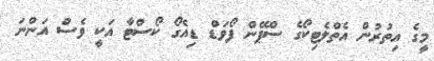
މީގެ އިތުރުން އެތްލެޓިކޯގެ ސްޕޭން ފޯވަޑް ޑިއެގޯ ކޯސްޓާ އަކީ ވެސް އަންނަ